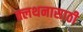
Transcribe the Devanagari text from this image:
क्लथनासाठी